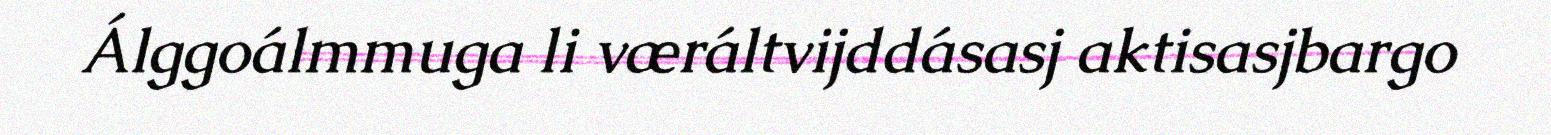
Álggoálmmuga li væráltvijddásasj aktisasjbargo